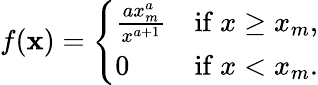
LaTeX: f(\mathbf{x})={\left\{ \begin{array}{ll}{{\frac{ax_{m}^{a}}{x^{a+1}}}}&{{\mathrm{if~}}x\geq x_{m},}\\ {0}&{{\mathrm{if~}}x<x_{m}.}\end{array}\right.}